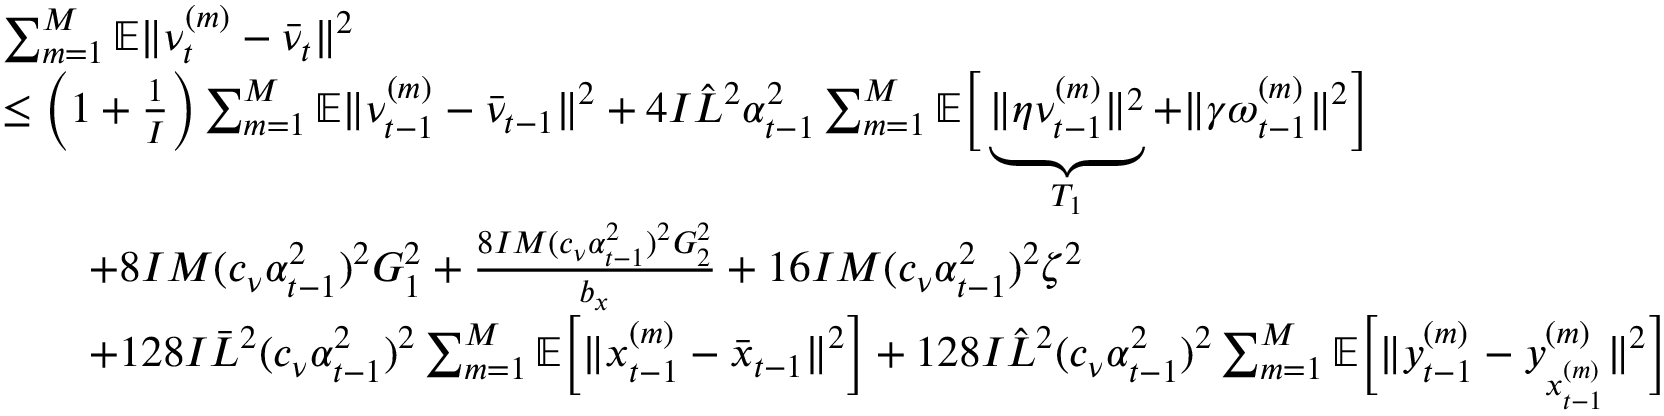
\begin{array} { r l } & { \sum _ { m = 1 } ^ { M } \mathbb { E } \| \nu _ { t } ^ { ( m ) } - \bar { \nu } _ { t } \| ^ { 2 } } \\ & { \leq \bigg ( 1 + \frac { 1 } { I } \bigg ) \sum _ { m = 1 } ^ { M } \mathbb { E } \| \nu _ { t - 1 } ^ { ( m ) } - \bar { \nu } _ { t - 1 } \| ^ { 2 } + 4 I \hat { L } ^ { 2 } \alpha _ { t - 1 } ^ { 2 } \sum _ { m = 1 } ^ { M } \mathbb { E } \bigg [ \underbrace { \| \eta \nu _ { t - 1 } ^ { ( m ) } \| ^ { 2 } } _ { T _ { 1 } } + \| \gamma \omega _ { t - 1 } ^ { ( m ) } \| ^ { 2 } \bigg ] } \\ & { \qquad + 8 I M ( c _ { \nu } \alpha _ { t - 1 } ^ { 2 } ) ^ { 2 } G _ { 1 } ^ { 2 } + \frac { 8 I M ( c _ { \nu } \alpha _ { t - 1 } ^ { 2 } ) ^ { 2 } G _ { 2 } ^ { 2 } } { b _ { x } } + 1 6 I M ( c _ { \nu } \alpha _ { t - 1 } ^ { 2 } ) ^ { 2 } \zeta ^ { 2 } } \\ & { \qquad + 1 2 8 I \bar { L } ^ { 2 } ( c _ { \nu } \alpha _ { t - 1 } ^ { 2 } ) ^ { 2 } \sum _ { m = 1 } ^ { M } \mathbb { E } \bigg [ \| x _ { t - 1 } ^ { ( m ) } - \bar { x } _ { t - 1 } \| ^ { 2 } \bigg ] + 1 2 8 I \hat { L } ^ { 2 } ( c _ { \nu } \alpha _ { t - 1 } ^ { 2 } ) ^ { 2 } \sum _ { m = 1 } ^ { M } \mathbb { E } \bigg [ \| y _ { t - 1 } ^ { ( m ) } - y _ { x _ { t - 1 } ^ { ( m ) } } ^ { ( m ) } \| ^ { 2 } \bigg ] } \end{array}